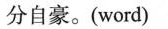
分自豪。(word)